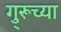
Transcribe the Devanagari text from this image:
गु्रूच्या